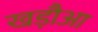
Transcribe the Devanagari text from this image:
खड़ौआ